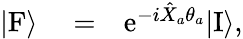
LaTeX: \begin{array}{rlr}{|\mathrm{F}\rangle}&{{}=}&{\mathrm{e}^{-i\hat{X}_{a}\theta_{a}}|\mathrm{I}\rangle,}\end{array}